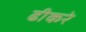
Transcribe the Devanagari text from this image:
ढीकरे